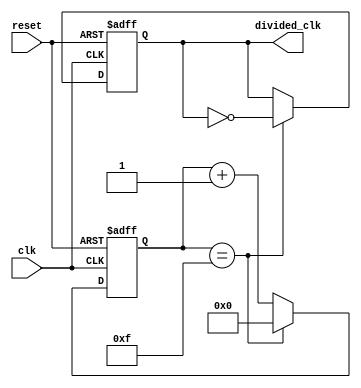
module johnson_counter_clock_divider (
    input clk,
    input reset,
    output reg divided_clk
);

reg [3:0] count;

always @(posedge clk or posedge reset) begin
    if (reset) begin
        count <= 4'b0000;
        divided_clk <= 1'b0;
    end else begin
        if (count == 4'b1111) begin
            count <= 4'b0000;
            divided_clk <= ~divided_clk;
        end else begin
            count <= count + 1;
        end
    end
end

endmodule